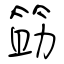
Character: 筯